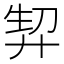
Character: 𭚘